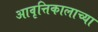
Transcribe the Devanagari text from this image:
आवृत्तिकालाच्या